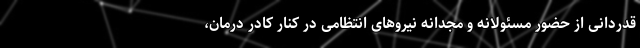
قدردانی از حضور مسئولانه و مجدانه نیروهای انتظامی در کنار کادر درمان،